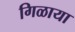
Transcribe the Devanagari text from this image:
गिळाया